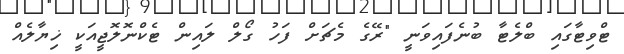
ޓްވިޓާގައި ބްލެޓާ ބުނެފައިވަނީ "ރޭގެ މެޗަށް ފަހު ގޯލް ލައިން ޓެކްނޮލޮޖީއަކީ ޚިޔާލެއް